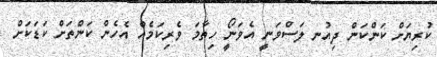
ކުރިޔަށް ކަންކަން ދިއުނ ލަސްވަނީ އެވަނޯީ ހިތާމަ ވެރިކަމެއް އެހެން ކަންތަށް ކަޑަކަށް